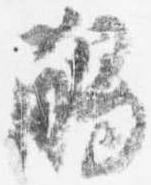
触